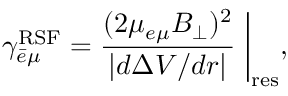
\gamma _ { \bar { e } \mu } ^ { \mathrm { R S F } } = \frac { ( 2 \mu _ { e \mu } B _ { \perp } ) ^ { 2 } } { | d \Delta V / d r | } \biggm | _ { \mathrm { r e s } } ,